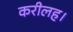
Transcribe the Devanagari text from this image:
करीलह।